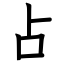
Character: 占